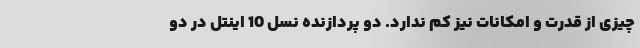
چیزی از قدرت و امکانات نیز کم ندارد. دو پردازنده نسل 10 اینتل در دو